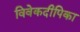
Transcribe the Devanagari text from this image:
विवेकदीपिका